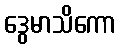
ဒွေမာသိကော